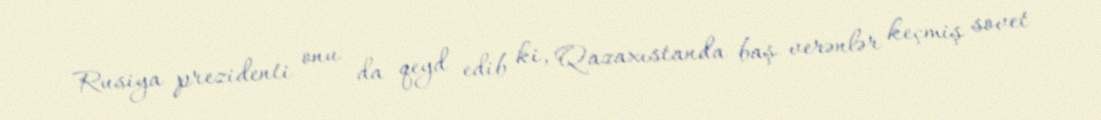
Rusiya prezidenti onu da qeyd edib ki, Qazaxıstanda baş verənlər keçmiş sovet